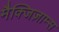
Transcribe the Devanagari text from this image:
मैक्जिज़ाम्स